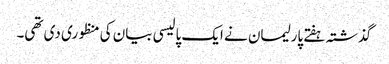
گذشتہ ہفتے پارلیمان نے ایک پالیسی بیان کی منظوری دی تھی۔